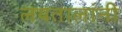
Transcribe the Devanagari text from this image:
लयतालांनी